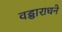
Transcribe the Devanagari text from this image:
वड्डाराधने